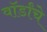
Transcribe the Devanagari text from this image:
वॉर्डांचे